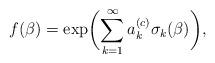
LaTeX: \begin{align*}f(\beta)= \exp\biggl( \sum_{k=1}^\infty a_k^{(c)} \sigma_k (\beta)\biggr),\end{align*}